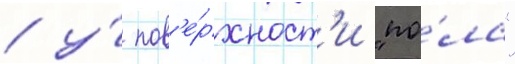
/ у́ пов'е́рхност'и "по́ла"